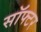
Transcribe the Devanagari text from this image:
सॉफ्टर